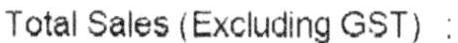
TOTAL SALES (EXCLUDING GST) :